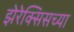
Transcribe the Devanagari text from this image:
झेरेक्सिसच्या